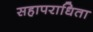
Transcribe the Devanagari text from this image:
सहापराधिता